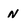
Character: N